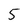
Character: 5